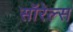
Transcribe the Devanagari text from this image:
सॉरेल्स